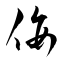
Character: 佞